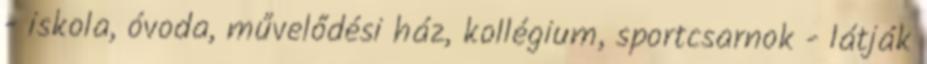
- iskola, óvoda, művelődési ház, kollégium, sportcsarnok - látják